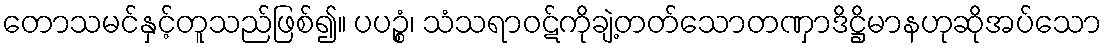
တောသမင်နှင့်တူသည်ဖြစ်၍။ ပပဉ္စံ၊ သံသရာဝဋ်ကိုချဲ့တတ်သောတဏှာဒိဋ္ဌိမာနဟုဆိုအပ်သော